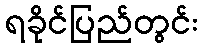
ရခိုင်ပြည်တွင်း